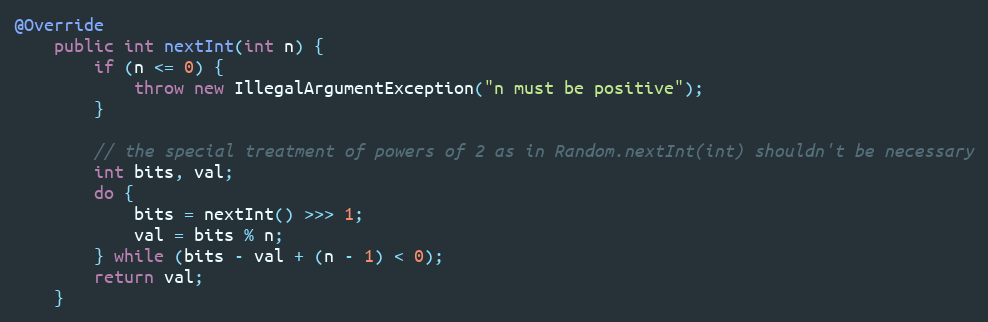
Language: Java
@Override
    public int nextInt(int n) {
        if (n <= 0) {
            throw new IllegalArgumentException("n must be positive");
        }

        // the special treatment of powers of 2 as in Random.nextInt(int) shouldn't be necessary
        int bits, val;
        do {
            bits = nextInt() >>> 1;
            val = bits % n;
        } while (bits - val + (n - 1) < 0);
        return val;
    }